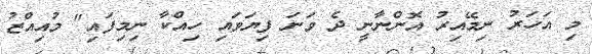
މި އަހަރު ނިމޭއިރު އޮންނާނީ ދެ ވަނަ ފިޔަވައި ހިއްކާ ނިމިފައި" މުއިއްޒު